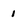
Character: 1